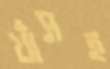
খাঁসহ